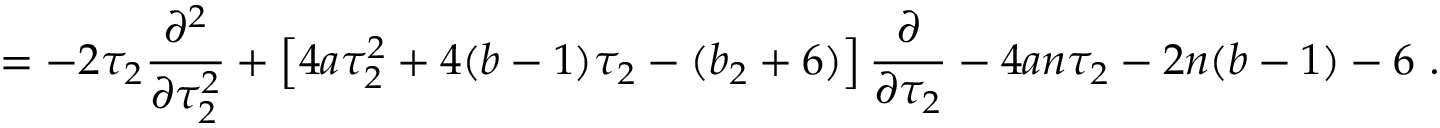
= - 2 \tau _ { 2 } \frac { \partial ^ { 2 } } { \partial \tau _ { 2 } ^ { 2 } } + \left[ 4 a \tau _ { 2 } ^ { 2 } + 4 ( b - 1 ) \tau _ { 2 } - ( b _ { 2 } + 6 ) \right] \frac { \partial } { \partial \tau _ { 2 } } - 4 a n \tau _ { 2 } - 2 n ( b - 1 ) - 6 \ .